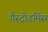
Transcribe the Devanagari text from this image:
गैस्ट्रोडर्मिस